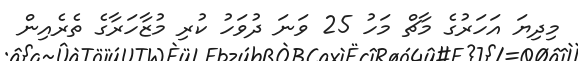
މިދިޔަ އަހަރުގެ މާޗް މަހު 25 ވަނަ ދުވަހު ކުރި މުޒާހަރާގެ ތެރެއިން